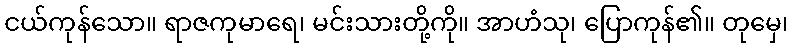
ငယ်ကုန်သော။ ရာဇကုမာရေ၊ မင်းသားတို့ကို။ အာဟံသု၊ ပြောကုန်၏။ တုမှေ၊